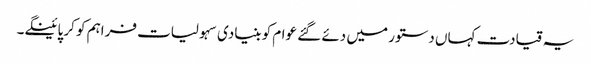
یہ قیادت کہاں دستور میں دئے گئے عوام کو بنیادی سہولیات فراہم کو کر پائینگے۔